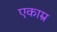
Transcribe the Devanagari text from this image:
एकाम्र